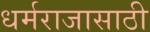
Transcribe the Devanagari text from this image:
धर्मराजासाठी